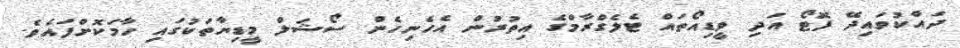
ދައްކުވައިދޭ ފޮޓޯ އަދި ވީޑިއޯތައް ޓެލެގްރާމްގެ އިތުރުން އެހެނިހެން ސޯޝަލް މީޑިޔާތަކުގައި ހާމަކޮށްފައެވެ.